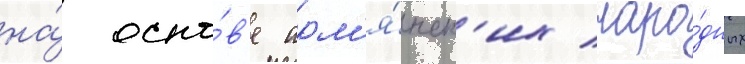
на́ осно́в'е арм'я́нск'их наро́дных